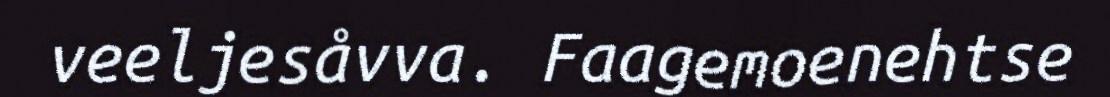
veeljesåvva. Faagemoenehtse